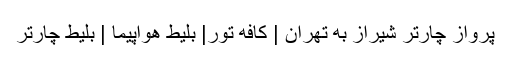
پرواز چارتر شیراز به تهران | کافه تور| بلیط هواپیما | بلیط چارتر